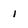
Character: l